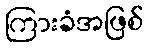
ကြားခံအဖြစ်